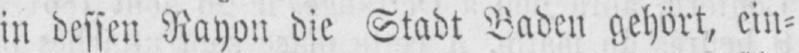
in dessen Rayon die Stadt Baden gehört, ein⸗